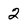
Character: 2